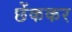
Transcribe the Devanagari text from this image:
छेंककर